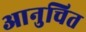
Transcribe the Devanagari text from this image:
आनुचित